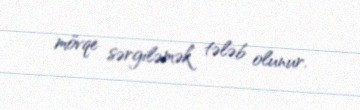
mövqe sərgiləmək tələb olunur.